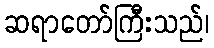
ဆရာတော်ကြီးသည်၊